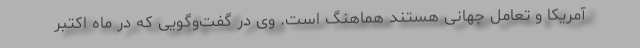
آمریکا و تعامل جهانی هستند هماهنگ است. وی در گفت‌وگویی که در ماه اکتبر